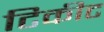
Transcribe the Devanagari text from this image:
टिकीट